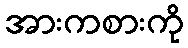
အားကစားကို